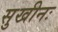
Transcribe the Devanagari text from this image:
सुखीनः